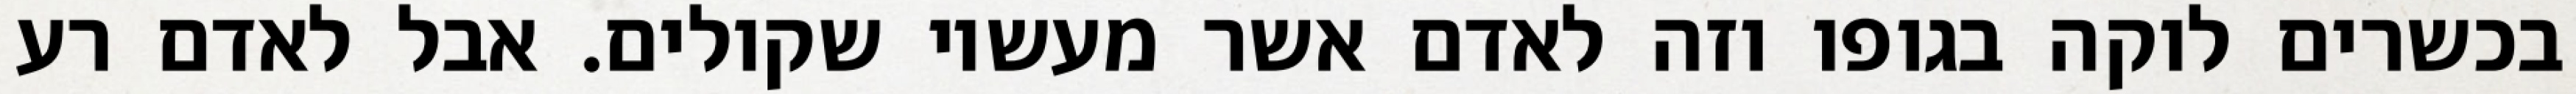
בכשרים לוקה בגופו וזה לאדם אשר מעשיו שקולים. אבל לאדם רע